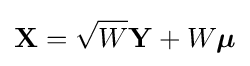
\mathbf {X} ={\sqrt {W}}\mathbf {Y} +W{\boldsymbol {\mu }}